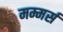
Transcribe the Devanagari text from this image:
मम्मर्स